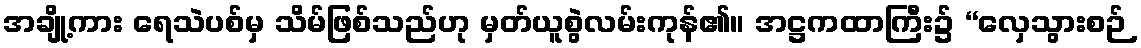
အချို့ကား ရေသဲပစ်မှ သိမ်ဖြစ်သည်ဟု မှတ်ယူစွဲလမ်းကုန်၏။ အဋ္ဌကထာကြီး၌ “လှေသွားစဉ်